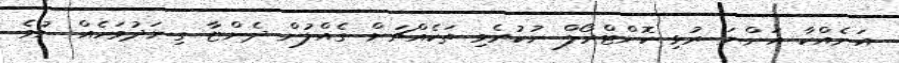
އަނެއްކާ އަންނަ ރުޅި ކޮންޓްރޯލް ނުކުރެވި ތަކެއްޗަށް ގެއްލުން ދެންޏާ ގިނަދުވަހެއް ނުވެ